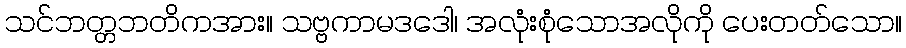
သင်ဘတ္တဘတိကအား။ သဗ္ဗကာမဒဒေါ၊ အလုံးစုံသောအလိုကို ပေးတတ်သော။